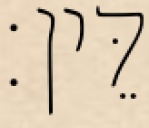
דֵּין׃